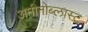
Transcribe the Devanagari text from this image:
अमीनोब्लास्ट